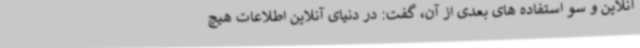
آنلاین و سو استفاده های بعدی از آن، گفت: در دنیای آنلاین اطلاعات هیچ